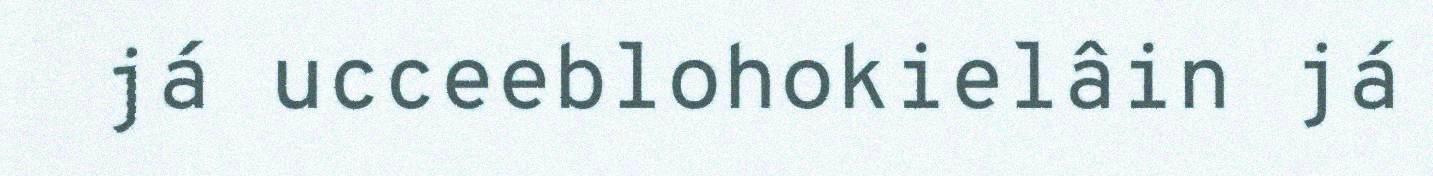
já ucceeblohokielâin já